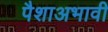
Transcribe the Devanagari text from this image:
पैशाअभावी